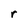
Character: r